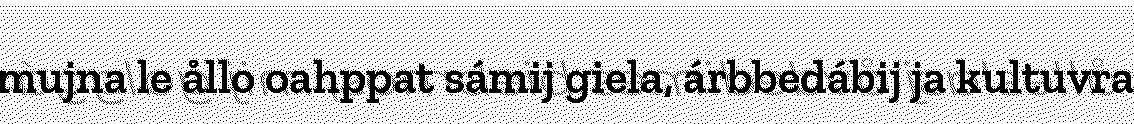
mujna le ållo oahppat sámij giela, árbbedábij ja kultuvra